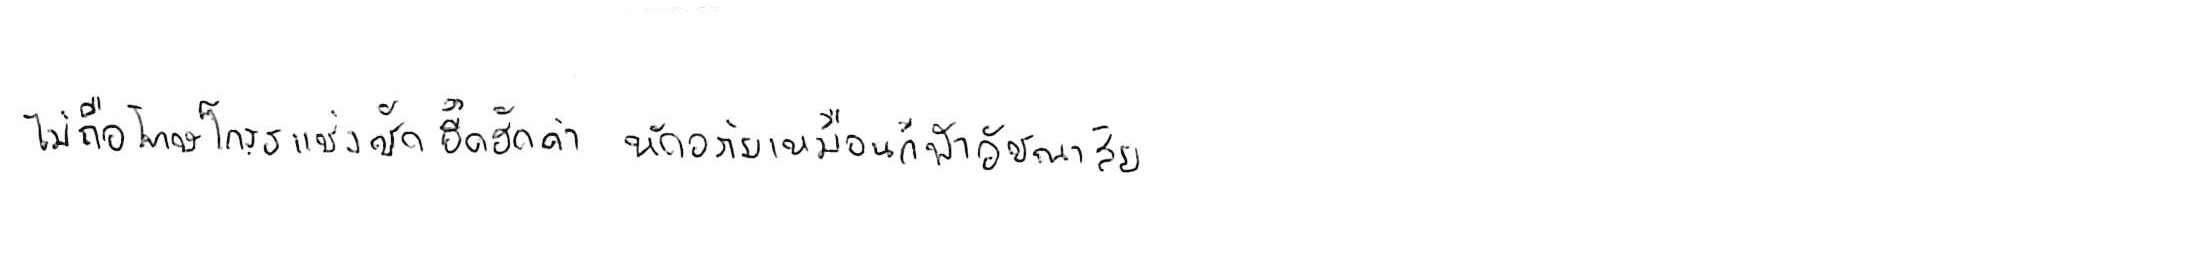
ไม่ถือโทษโกรธแช่งซัดฮึดฮัดด่า หัดอภัยเหมือนกีฬาอัชฌาสัย